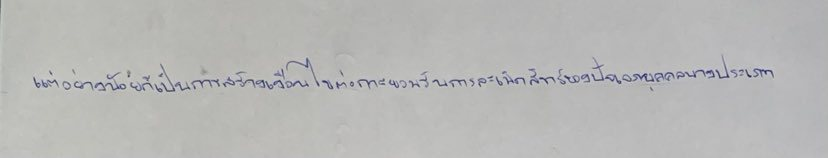
แต่อย่างน้อยก็จะเป็นการสร้างเงื่อนไขต่อการยอมรับการละเมิดสิทธิของปัจเจกบุคคลบางประเภทได้